Report on vaccination in Madras 1877-1894 - 1877-1894
Year: 1877
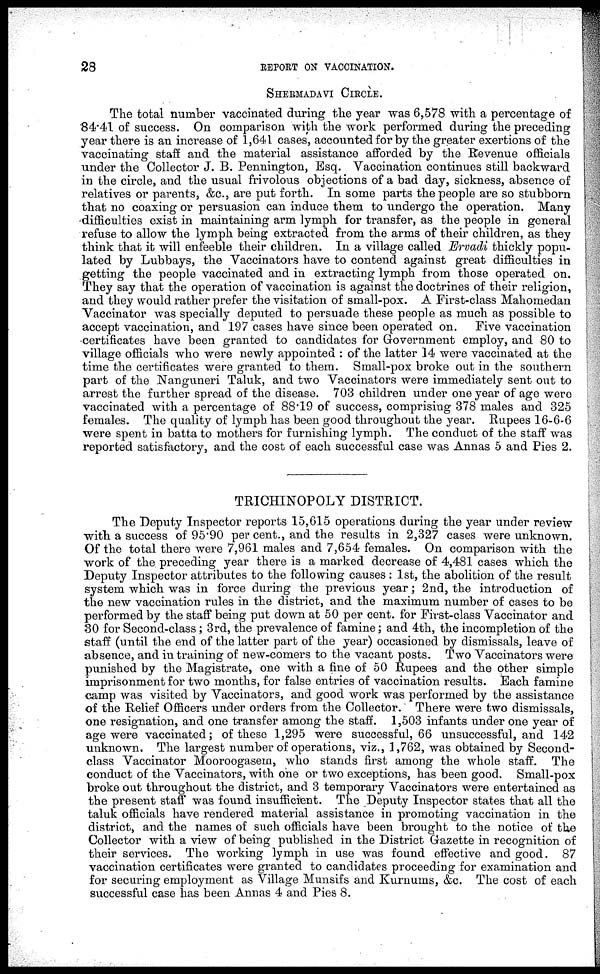
28
REPORT ON VACCINATION.
SHERMADAVI CIRCLE.
The total number vaccinated during the year was 6,578 with a percentage of
84.41 of success. On comparison with the work performed during the preceding
year there is an increase of 1,641 cases, accounted for by the greater exertions of the
vaccinating staff and the material assistance afforded by the Revenue officials
under the Collector J. B. Pennington, Esq. Vaccination continues still backward
in the circle, and the usual frivolous objections of a bad day, sickness, absence of
relatives or parents, &c., are put forth. In some parts the people are so stubborn
that no coaxing or persuasion can induce them to undergo the operation. Many
difficulties exist in maintaining arm lymph for transfer, as the people in general
refuse to allow the lymph being extracted from the arms of their children, as they
think that it will enfeeble their children. In a village called Ervadi thickly popu-
lated by Lubbays, the Vaccinators have to contend against great difficulties in
getting the people vaccinated and in extracting lymph from those operated on.
They say that the operation of vaccination is against the doctrines of their religion,
and they would rather prefer the visitation of small-pox. A First-class Mahomedan
Vaccinator was specially deputed to persuade these people as much as possible to
accept vaccination, and 197 cases have since been operated on. Five vaccination
certificates have been granted to candidates for Government employ, and 80 to
village officials who were newly appointed : of the latter 14 were vaccinated at the
time the certificates were granted to them. Small-pox broke out in the southern
part of the Nanguneri Taluk, and two Vaccinators were immediately sent out to
arrest the further spread of the disease. 703 children under one year of age were
vaccinated with a percentage of 88.19 of success, comprising 378 males and 325
females. The quality of lymph has been good throughout the year. Rupees 16-6-6
were spent in batta to mothers for furnishing lymph. The conduct of the staff was
reported satisfactory, and the cost of each successful case was Annas 5 and Pies 2.
TRICHINOPOLY DISTRICT.
The Deputy Inspector reports 15,615 operations during the year under review
with a success of 95.90 per cent., and the results in 2,327 cases were unknown.
Of the total there were 7,961 males and 7,654 females. On comparison with the
work of the preceding year there is a marked decrease of 4,481 cases which the
Deputy Inspector attributes to the following causes : 1st, the abolition of the result
system which was in force during the previous year ; 2nd, the introduction of
the new vaccination rules in the district, and the maximum number of cases to be
performed by the staff being put down at 50 per cent. for First-class Vaccinator and
30 for Second-class ; 3rd, the prevalence of famine ; and 4th, the incompletion of the
staff (until the end of the latter part of the year) occasioned by dismissals, leave of
absence, and in training of new-comers to the vacant posts. Two Vaccinators were
punished by the Magistrate, one with a fine of 50 Rupees and the other simple
imprisonment for two months, for false entries of vaccination results. Each famine
camp was visited by Vaccinators, and good work was performed by the assistance
of the Relief Officers under orders from the Collector. There were two dismissals,
one resignation, and one transfer among the staff. 1,503 infants under one year of
age were vaccinated; of these 1,295 were successful, 66 unsuccessful, and 142
unknown. The largest number of operations, viz., 1,762, was obtained by Second-
class Vaccinator Mooroogasem, who stands first among the whole staff. The
conduct of the Vaccinators, with one or two exceptions, has been good. Small-pox
broke out throughout the district, and 3 temporary Vaccinators were entertained as
the present staff was found insufficient. The Deputy Inspector states that all the
taluk officials have rendered material assistance in promoting vaccination in the
district, and the names of such officials have been brought to the notice of the
Collector with a view of being published in the District Gazette in recognition of
their services. The working lymph in use was found effective and good. 87
vaccination certificates were granted to candidates proceeding for examination and
for securing employment as Village Munsifs and Kurnums, &c. The cost of each
successful case has been Annas 4 and Pies 8.